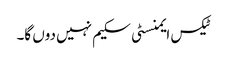
ٹیکس ایمنسٹی سکیم نہیں دوں گا۔